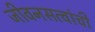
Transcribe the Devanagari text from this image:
जीवनसत्वांची